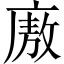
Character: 廒